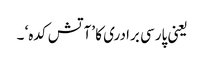
یعنی پارسی برادری کا ’آتش کدہ‘ ۔